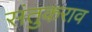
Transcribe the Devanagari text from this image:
संतुकराव